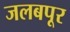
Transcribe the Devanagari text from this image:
जलबपूर